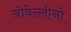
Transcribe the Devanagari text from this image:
नोवेल्लीनो